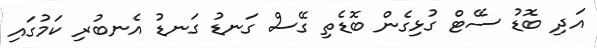
އަދި ބޮޑު ސޭޓް ގުޅިގެން ބޮޑެތި ގޭސް ގަނޑު ގަނޑު އެނބުރި ކަމުގައި